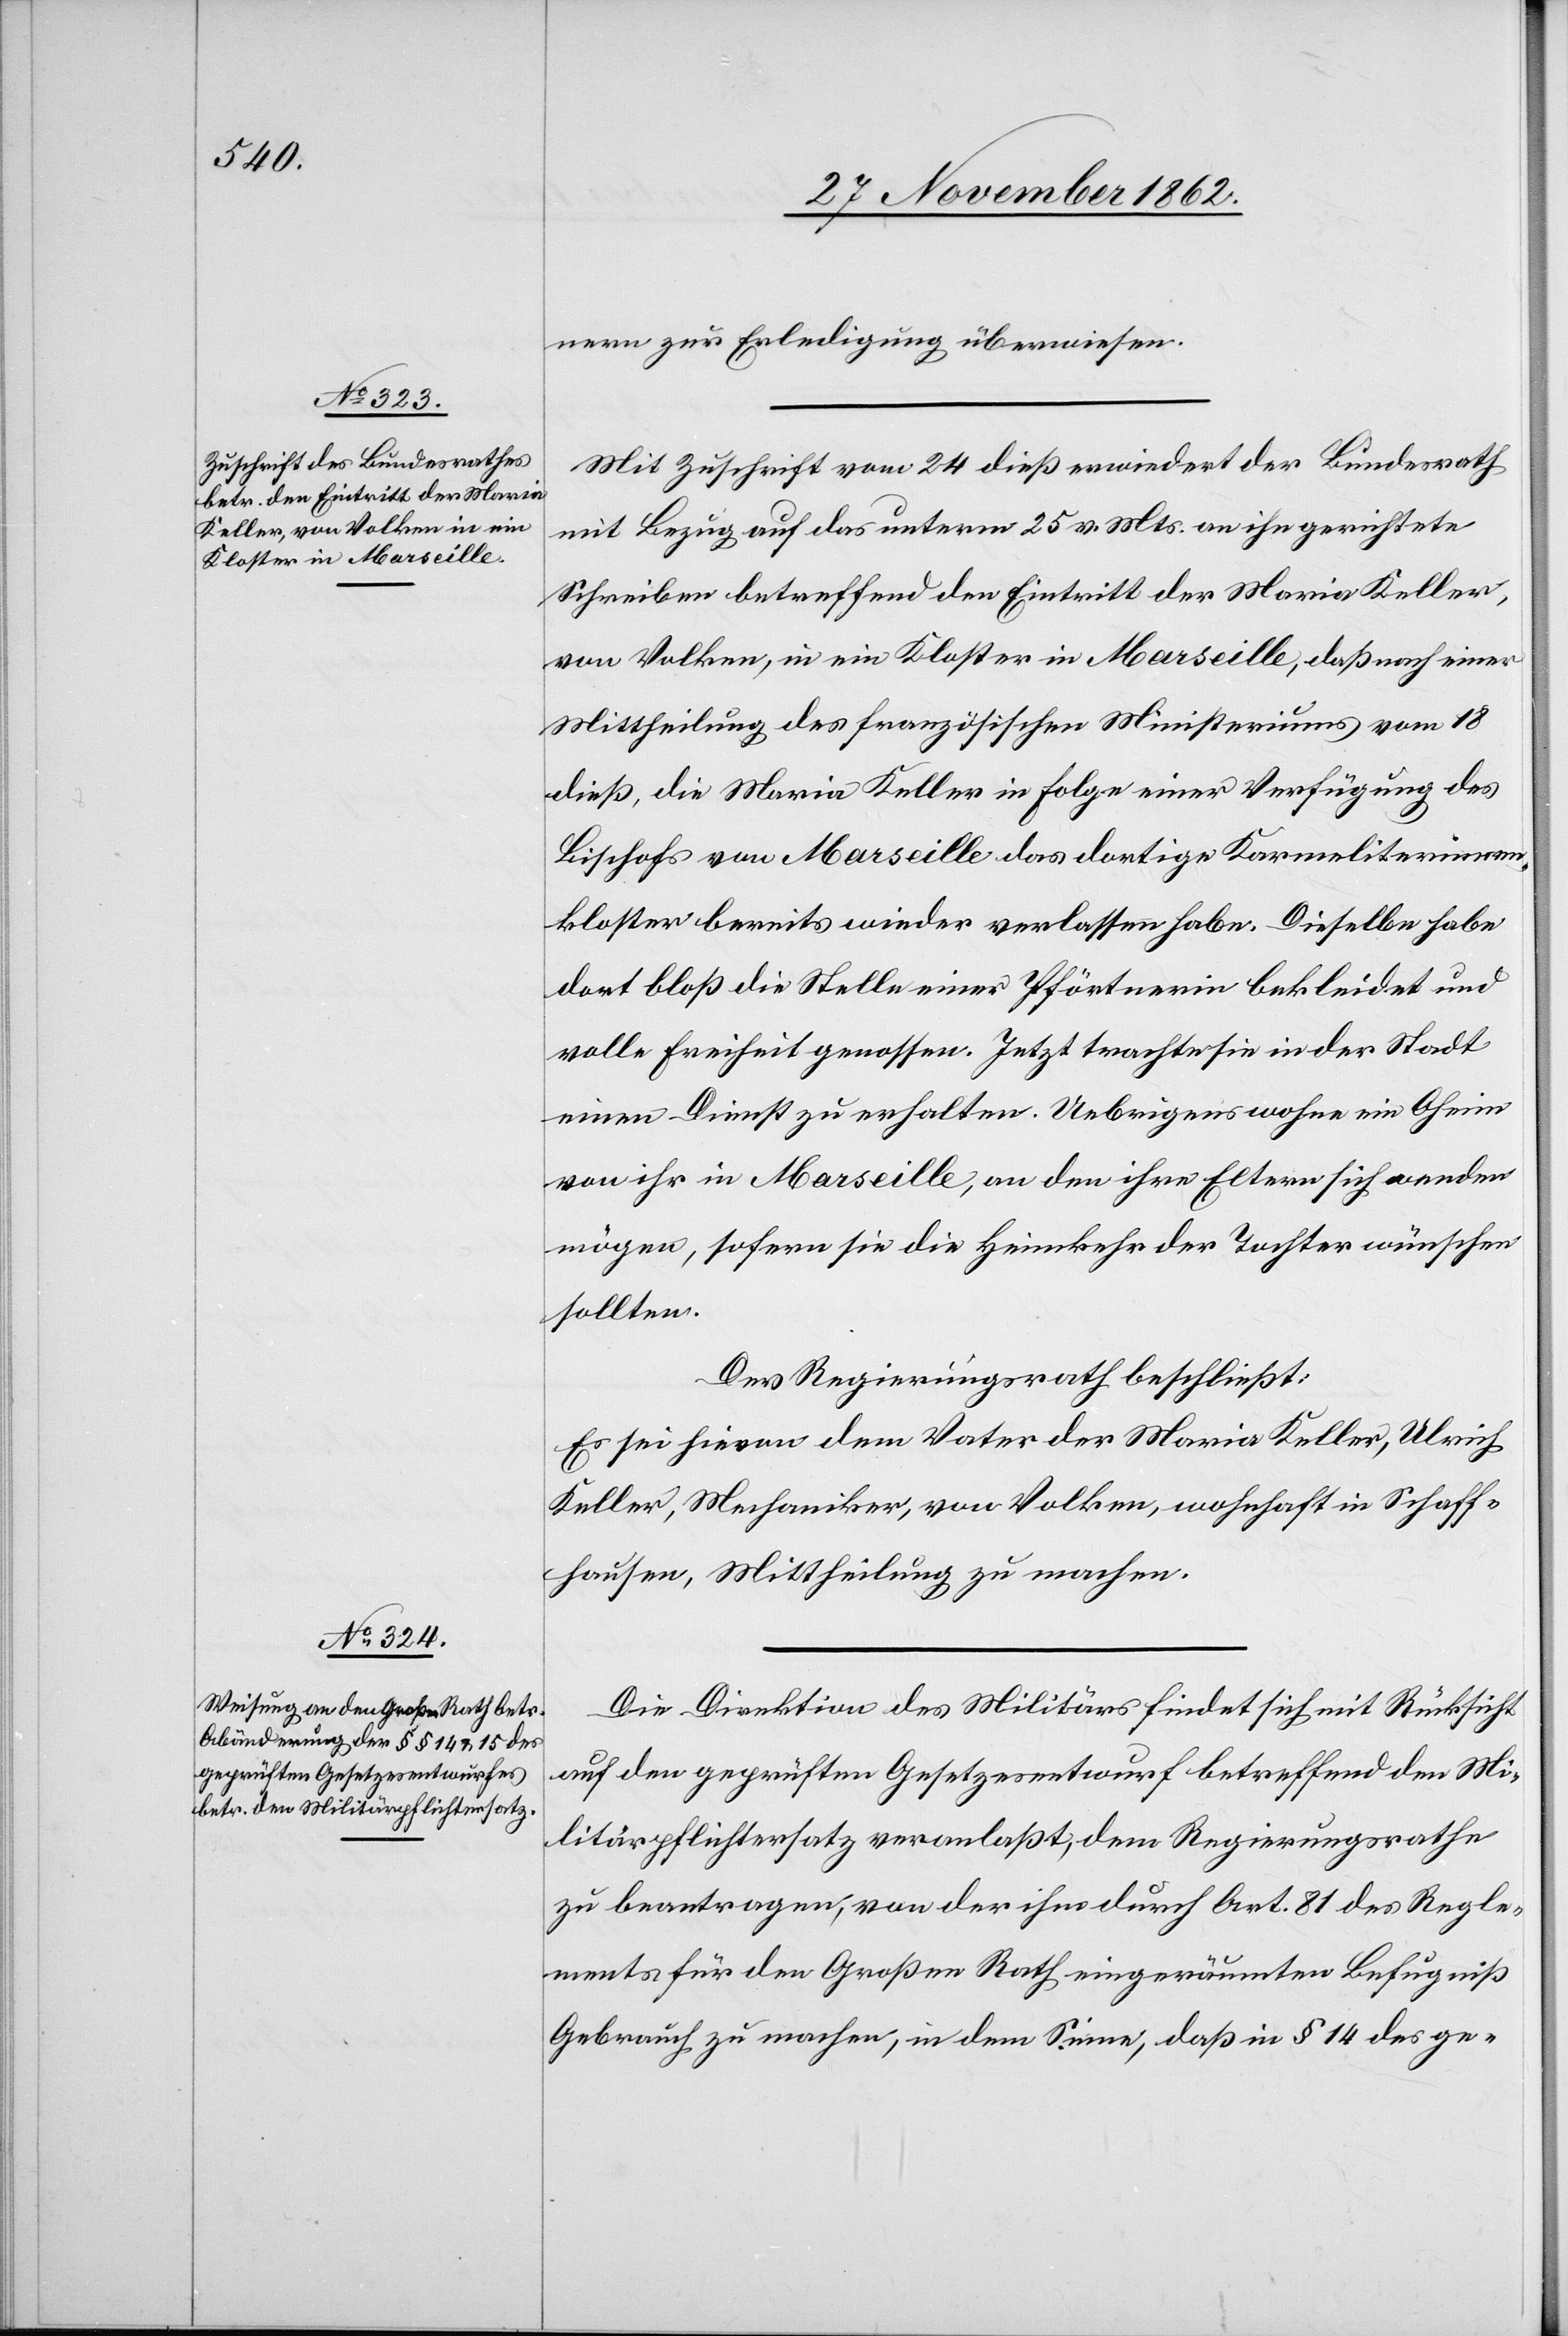
nern zur Erledigung überwiesen.
Mit Zuschrift vom 24. dieß erwiedert der Bundesrath
mit Bezug auf das unterm 25. v. Mts. an ihn gerichtete
Schreiben betreffend den Eintritt der Maria Keller,
von Volken, in ein Kloster in Marseille, daß nach einer
Mittheilung des französischen Ministeriums vom 18.
dieß, die Maria Keller in Folge einer Verfügung des
Bischofs von Marseille das dortige Karmeliterinnen¬
kloster bereits wieder verlassen habe. Dieselbe habe
dort bloß die Stelle einer Pförtnerin bekleidet und
volle Freiheit genossen. Jetzt trachte sie in der Stadt
einen Dienst zu erhalten. Uebrigens wohne ein Oheim
von ihr in Marseille, an den ihre Eltern sich wenden
mögen, sofern sie die Heimkehr der Tochter wünschen
sollten.
Der Regierungsrath beschließt:
Es sei hievon dem Vater der Maria Keller, Ulrich
Keller, Mechaniker, von Volken, wohnhaft in Schaff¬
hausen, Mittheilung zu machen.
Die Direktion des Militärs findet sich mit Rücksicht
auf den geprüften Gesetzesentwurf betreffend den Mi¬
litärpflichtersatz veranlaßt, den Regierungsrathe
zu beantragen, von der ihm durch Art. 81 des Regle¬
ments für den Großen Rath eingeräumten Befugniß
Gebrauch zu machen, in dem Sinne, daß in § 14 des ge-